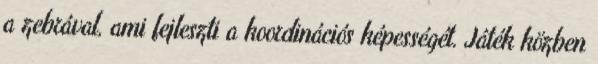
a zebrával, ami fejleszti a koordinációs képességét. Játék közben